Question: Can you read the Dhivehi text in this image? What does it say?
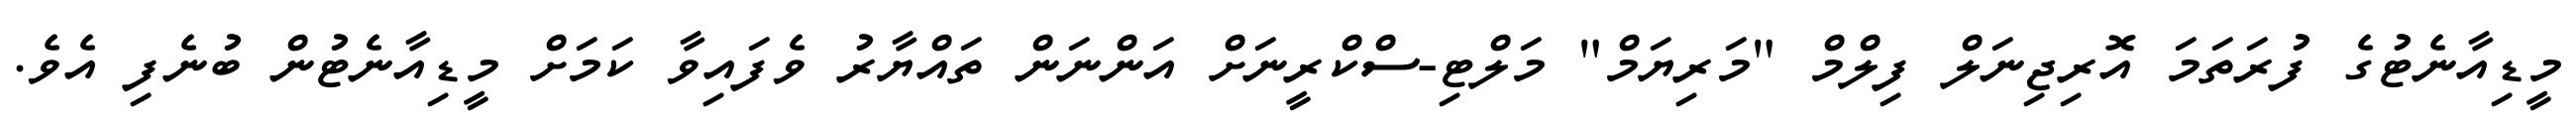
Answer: މީޑިއާނެޓުގެ ފުރަތަމަ އޮރިޖިނަލް ފިލްމް "މަރިޔަމް" މަލްޓި-ސްކްރީނަށް އަންނަން ތައްޔާރު ވެފައިވާ ކަމަށް މީޑިއާނެޓުން ބުނެފި އެވެ.